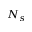
N _ { s }